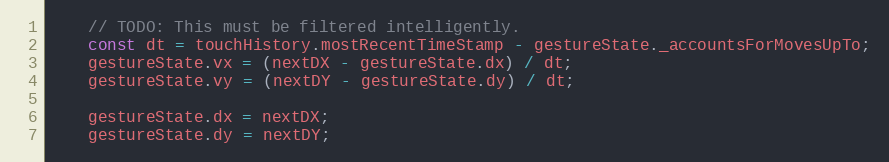
Language: JavaScript
    // TODO: This must be filtered intelligently.
    const dt = touchHistory.mostRecentTimeStamp - gestureState._accountsForMovesUpTo;
    gestureState.vx = (nextDX - gestureState.dx) / dt;
    gestureState.vy = (nextDY - gestureState.dy) / dt;

    gestureState.dx = nextDX;
    gestureState.dy = nextDY;